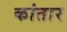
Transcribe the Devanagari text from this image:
कांतार